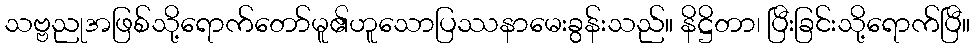
သဗ္ဗညုအဖြစ်သို့ရောက်တော်မူ၏ဟူသောပြဿနာမေးခွန်းသည်။ နိဋ္ဌိတာ၊ ပြီးခြင်းသို့ရောက်ပြီ။